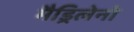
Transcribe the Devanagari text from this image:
मैड्रिलेनो